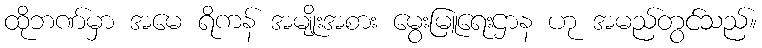
ထိုဘဏ်မှာ အမေ ရိကန် အမျိုးအစား မွေးမြူရေးဌာန ဟု အမည်တွင်သည်။